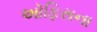
અૉફિસના